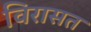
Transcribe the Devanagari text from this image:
विरासत